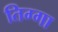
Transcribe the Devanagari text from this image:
तिग्गा